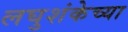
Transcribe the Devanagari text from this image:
लघुशंकेच्या